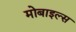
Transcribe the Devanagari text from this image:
मोबाइल्स